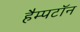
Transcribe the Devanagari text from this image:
हैम्पटॉन